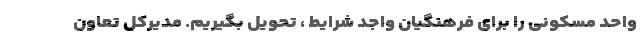
واحد مسکونی را برای فرهنگیان واجد شرایط ، تحویل بگیریم. مدیرکل تعاون